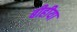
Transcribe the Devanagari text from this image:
बीहीया